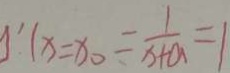
y ^ { \prime } 1 _ { x } = x _ { 0 } = \frac { 1 } { x + a } = 1